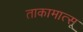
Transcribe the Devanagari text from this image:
ताकामात्सू